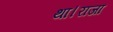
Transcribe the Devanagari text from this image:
था।राजा